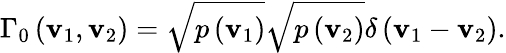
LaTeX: {{\Gamma}_{0}}\left({\mathbf{v}}_{1},{\mathbf{v}}_{2}\right)=\sqrt{p\left({\mathbf{v}}_{1}\right)}\sqrt{p\left({\mathbf{v}}_{2}\right)}\delta\left({\mathbf{v}}_{1}-{\mathbf{v}}_{2}\right).